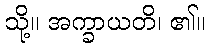
သို့။ အက္ခာယတိ၊ ၏။